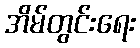
အိမ်တွင်းရေး